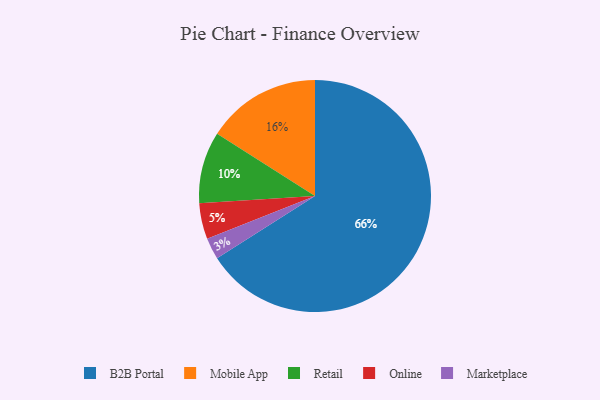
{"axis": {"x": "Category", "y": "Percentage"}, "legend": ["B2B Portal", "Marketplace", "Mobile App", "Online", "Retail"], "data": [{"x": "Retail", "y": 10, "type": "Retail"}, {"x": "Mobile App", "y": 16, "type": "Mobile App"}, {"x": "B2B Portal", "y": 66, "type": "B2B Portal"}, {"x": "Online", "y": 5, "type": "Online"}, {"x": "Marketplace", "y": 3, "type": "Marketplace"}]}